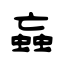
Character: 蝱